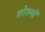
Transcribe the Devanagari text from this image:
शोरुमों